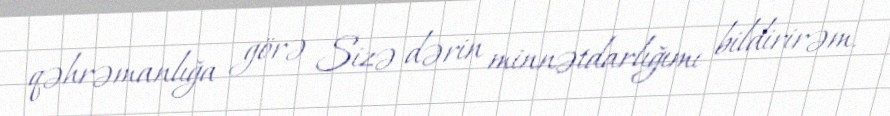
qəhrəmanlığa görə Sizə dərin minnətdarlığımı bildirirəm.